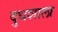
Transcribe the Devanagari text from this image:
दुधशाला